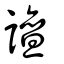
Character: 譠